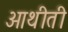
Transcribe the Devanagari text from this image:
आथीती